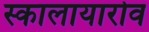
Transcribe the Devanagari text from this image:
स्कालायारोव